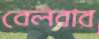
বেলবার